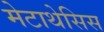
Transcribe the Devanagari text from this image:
मेटाथेसिस